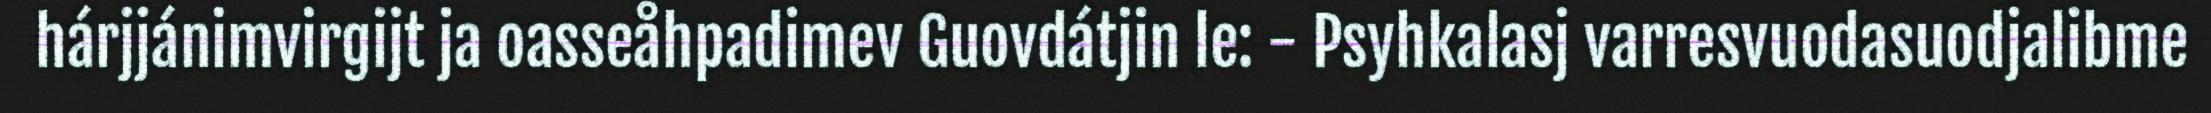
hárjjánimvirgijt ja oasseåhpadimev Guovdátjin le: - Psyhkalasj varresvuodasuodjalibme